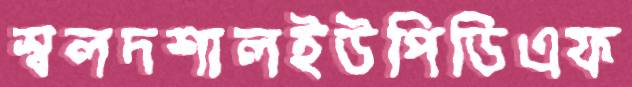
স্বলদশালইউপিডিএফ